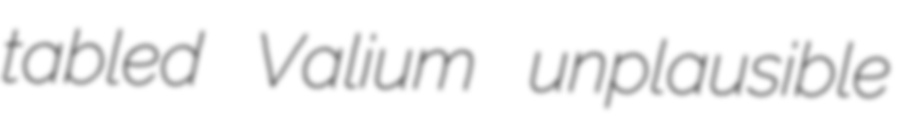
tabled Valium unplausible